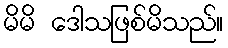
မိမိ ဒေါသဖြစ်မိသည်။